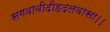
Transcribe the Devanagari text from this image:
सगवावीदीहदलवासा।।